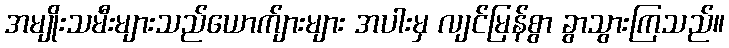
အမျိုးသမီးများသည်ယောက်ျားများ အပါးမှ လျင်မြန်စွာ ခွာသွားကြသည်။